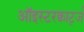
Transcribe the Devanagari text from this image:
ऑइस्टरक्वार्ट्ज